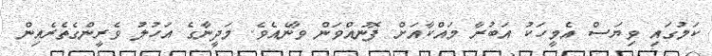
ކަމުގައި ވިޔަސް އެމީހަކު އަބުރާ މައްކާއަށް ފޮނުއްވަން ވާނެއެވެ. މަދީނާގެ އަހުލު ވެރީންގެތެރެއިން